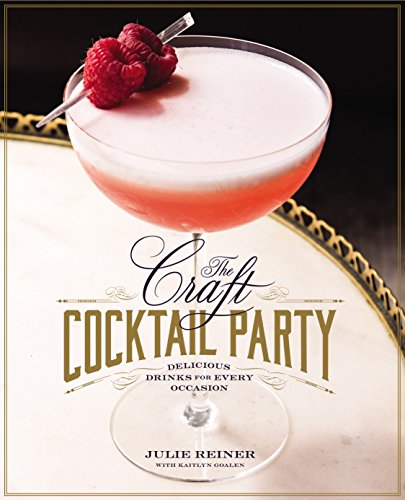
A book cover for The Craft Cocktail Party: Delicious Drinks for Every Occasion; Julie Reiner; Cookbooks, Food & Wine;